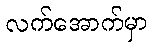
လက်အောက်မှာ